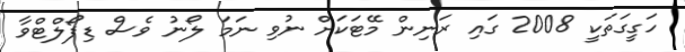
ހަގީގަތަކީ 2008 ގައި ރަނިން މޭޓަކަށް ނުވި ނަމަ ލޯނު ވެސް ޑިފޯލްޓްވާ